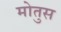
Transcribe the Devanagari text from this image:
मोतुस